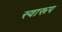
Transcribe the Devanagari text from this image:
स्वारूप